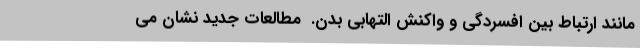
مانند ارتباط بین افسردگی و واکنش التهابی بدن.  مطالعات جدید نشان می